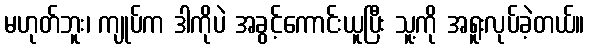
မဟုတ်ဘူး၊ ကျုပ်က ဒါကိုပဲ အခွင့်ကောင်းယူပြီး သူ့ကို အရူးလုပ်ခဲ့တယ်။